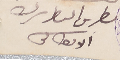
بطرس البطرىرك الانطاكى